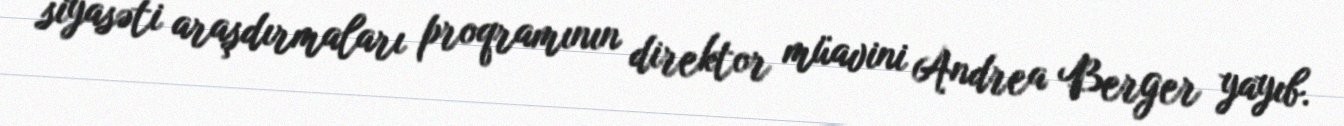
siyasəti araşdırmaları proqramının direktor müavini Andrea Berger yayıb.